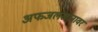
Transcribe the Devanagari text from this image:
अफजलखानावर